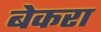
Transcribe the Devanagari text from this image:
बेकरा